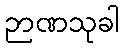
ဉာဏသုခါ